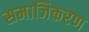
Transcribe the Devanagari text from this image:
समाजिकरण